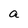
Character: a